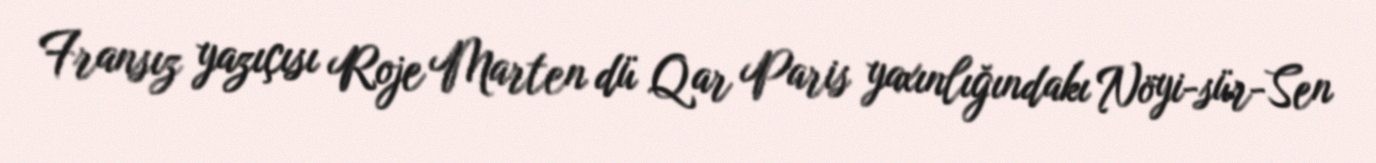
Fransız yazıçısı Roje Marten dü Qar Paris yaxınlığındakı Nöyi-sür-Sen